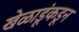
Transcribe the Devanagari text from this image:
खेळाडूंकडून